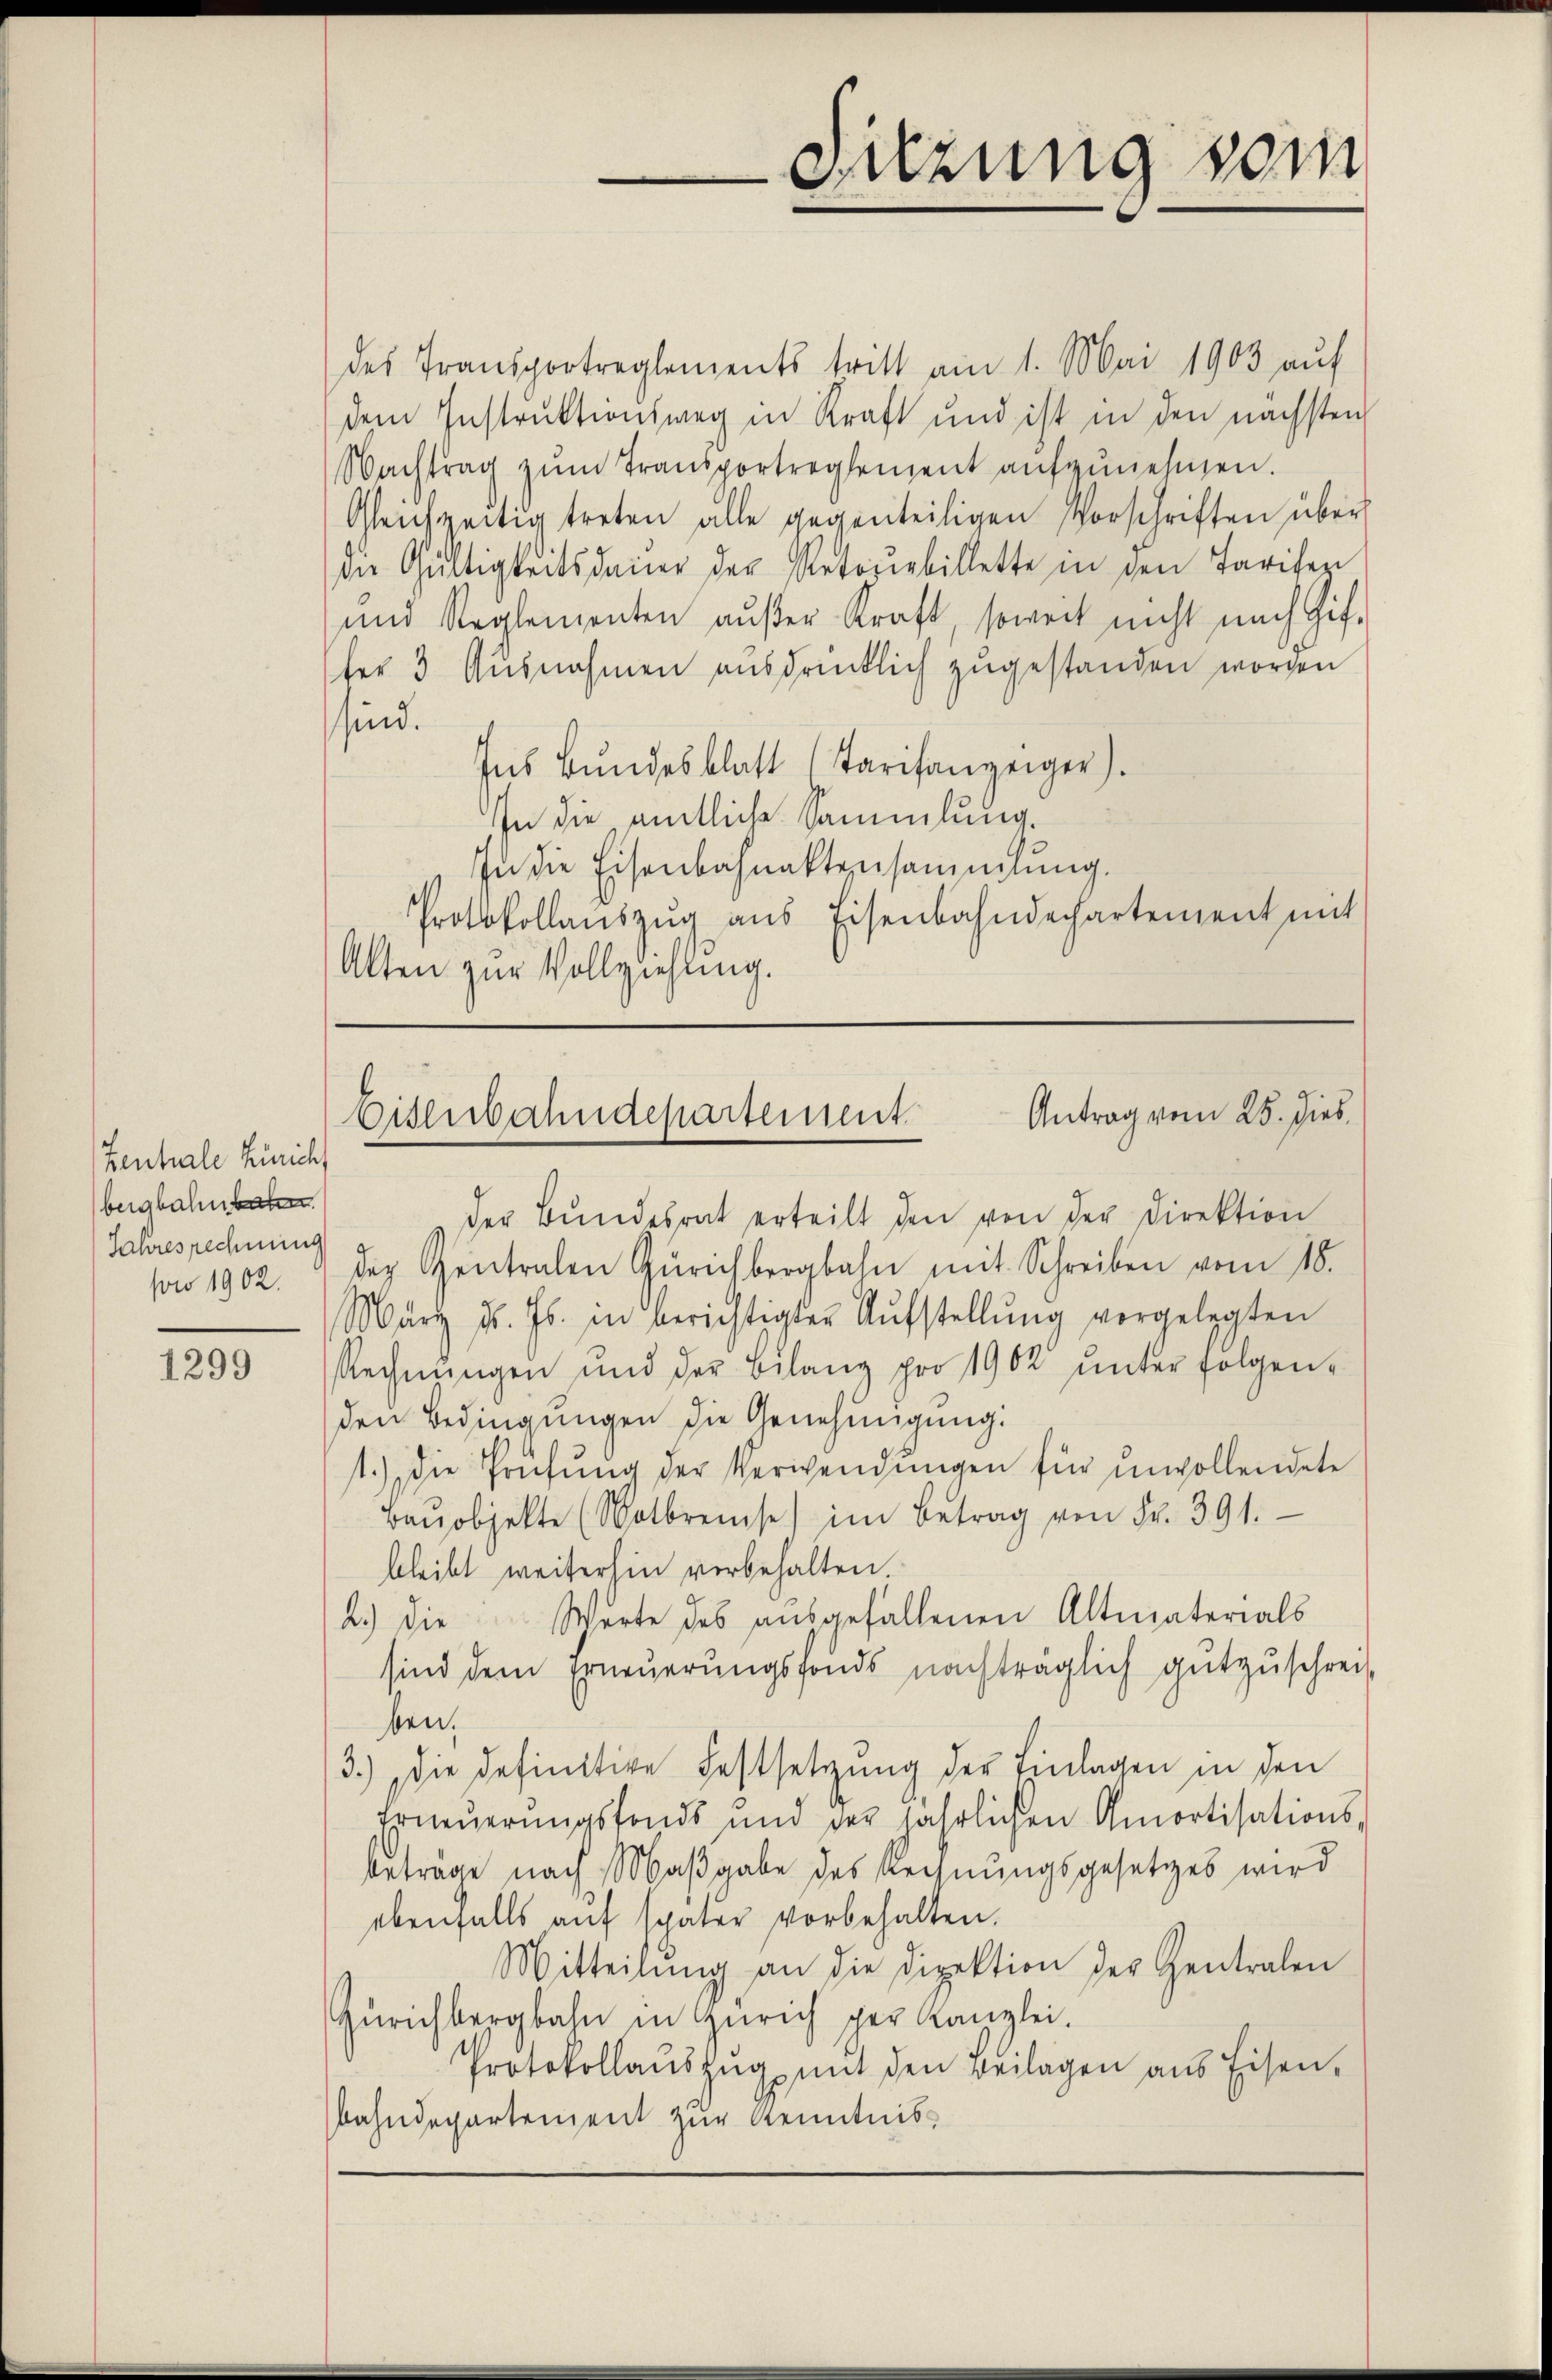
Tentale Zürich
beigbahnbaren.
Jahresrechnung
son 1902.

1299

des Transportreglements tritt am 1. Mai 1903 auf
dem Instruktionsweg in Kraft und ist in den nächsten
Nachtrag zŭm Transportreglement aŭfzŭnehmen.
Gleichzeitig treten alle gegenteiligen Vorschriften über
die Gültigkeitsdauer der Antonerbillette in den Tarifen
und Reglementen aŭβer Kraft, soweit nicht nach Gif-
ter 3 Ausnahmen ausdrücklich zugestanden worden
sind.
Ins Bundesblatt (Tarifanzeiger).
In die amtliche Sammlung.
In die Eisenbahnaktensammlung.
Protokollaŭszŭg aŭs Eisenbahndechartement mit
Alten zur Vollziehung.

Sitzung vom
wei

Antrag vom 25. dies
Eisenbahndepartement.

der Bŭndesrat erteilt den von der Direktion
der Gentralen Zürichbergbahn mit Schreiben vom 18.
März d. Js. in berichtigter Aŭfstellŭng vorgelegten
Rechnungen und der Bilanz pro 1902 ŭnter folgenden Bedingungen die Genehmigung.
1.) Die Prüfŭng der Verwendŭngen für unvollendete
Baŭobjekte (Watbreise im Betrag von Fr. 391.
bleibt weiterhin vorbehalten.
2.) Die Werte des aŭsgefallenen Altmaterials
sind dem Erneŭerŭngsfonds nachträglich gutzŭschreit
ben.
3.) die definitive Festsetzung der Einlagen in den
Erneŭerŭngsfonds und der jährlichen Amortisations-
beträge nach Maßgabe des Rechnungsgesetzes wird
ebenfalls auf später vorbehalten.
Mitteilŭng an die Direktion der Zentralen
Zürichbergbahn in Zürich per Kanzlei.
Protokollaŭszŭg mit den Beilagen aus Eisen-
bahndepartement zur Kenntnis